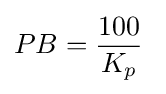
PB={\frac {100}{K_{p}}}\